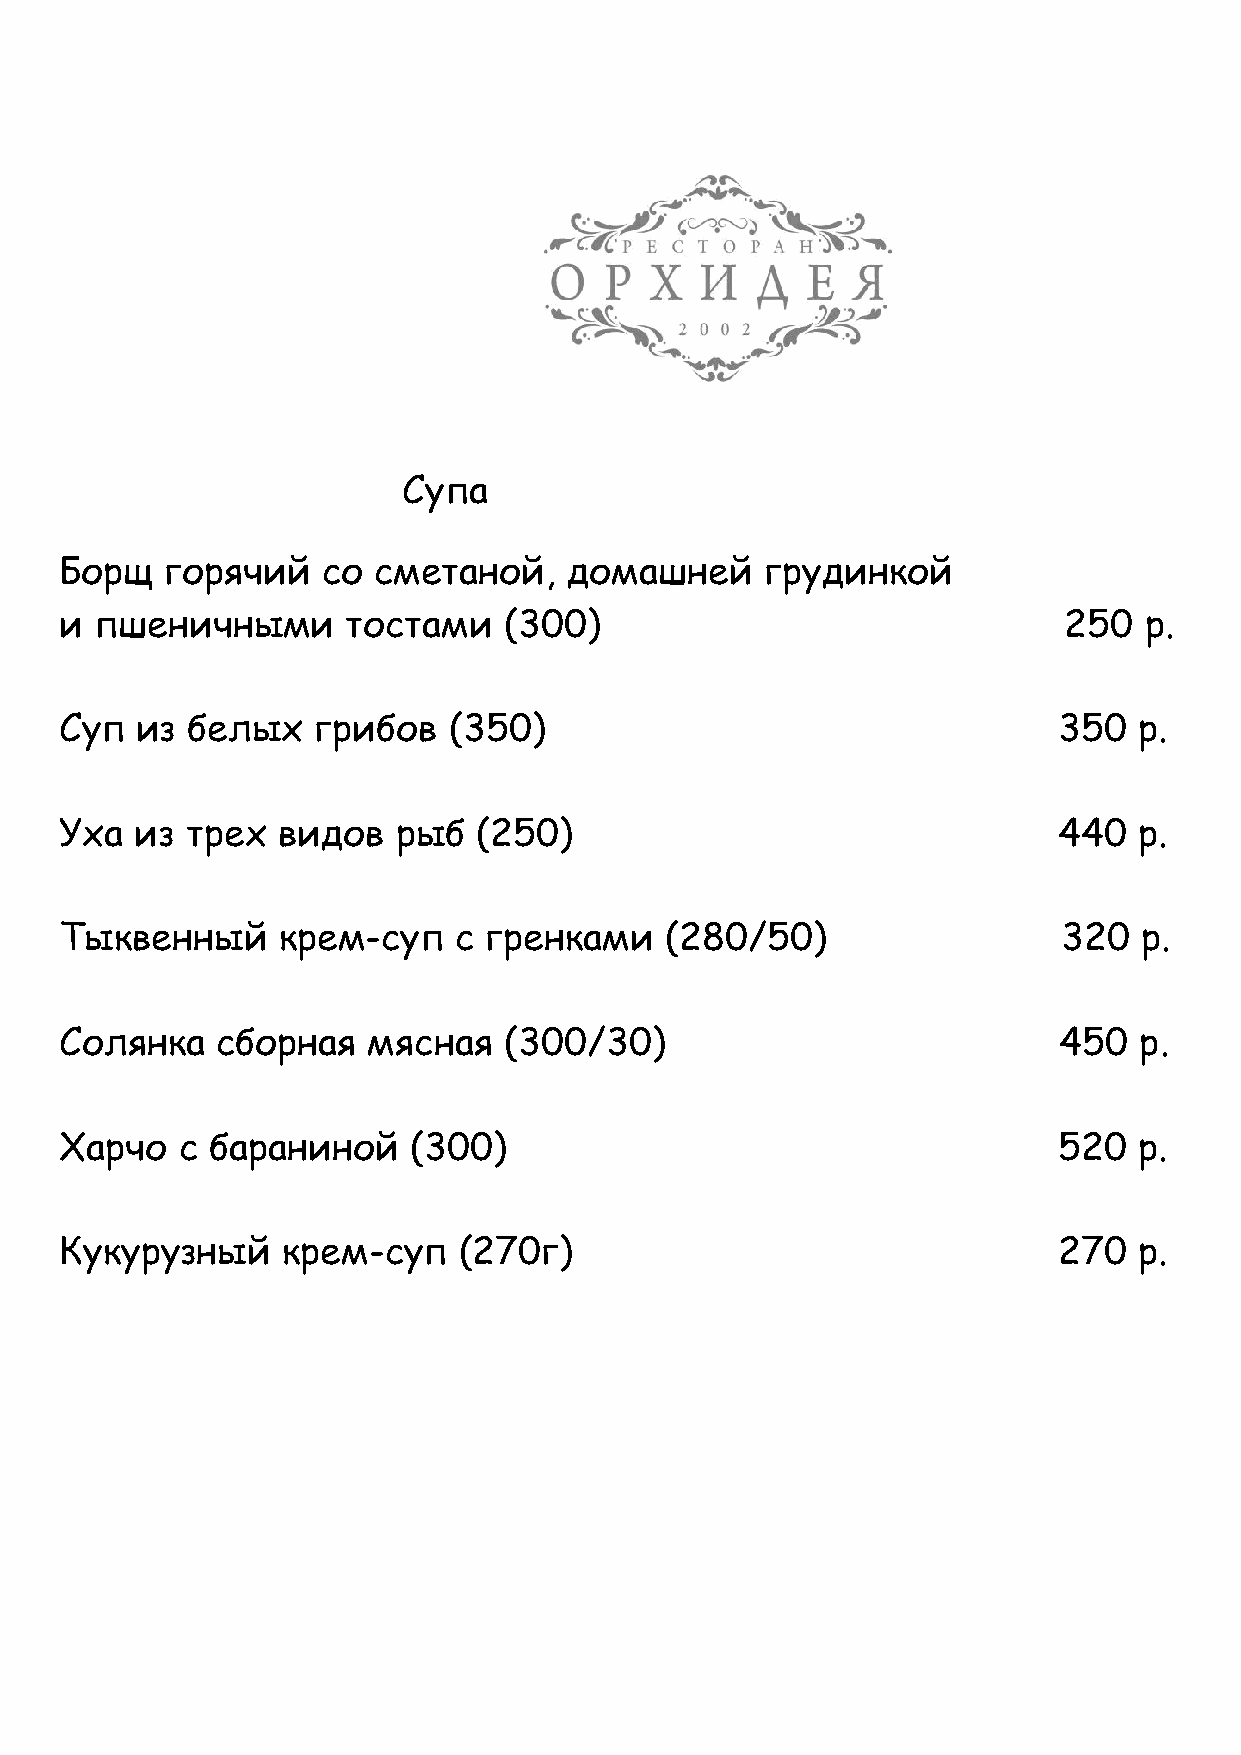
Супа
 Борщ   горячий   со  сметаной,    домашней     грудинкой
 и пшеничными       тостами   (300)                                250   р.
 Суп  из белых    грибов   (350)                                   350  р.
 Уха  из трех  видов   рыб  (250)                                  440  р.
 Тыквенный     крем-суп    с гренками    (280/50)                  320  р.
 Солянка   сборная   мясная   (300/30)                             450  р.
 Харчо   с бараниной    (300)                                      520  р.
 Кукурузный     крем-суп   (270г)                                  270  р.